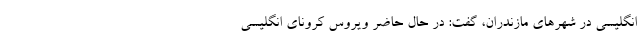
انگلیسی در شهرهای مازندران، گفت: در حال حاضر ویروس کرونای انگلیسی